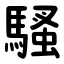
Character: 騷